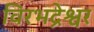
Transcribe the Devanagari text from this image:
विरभद्रेश्वर